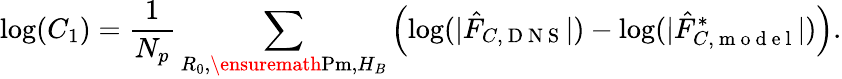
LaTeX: \log(C_{1})=\frac{1}{N_{p}}\sum_{R_{0},\ensuremath{\mathrm{Pm}},H_{B}}\left(\log(|\hat{F}_{C,\mathrm{~D~N~S~}}|)-\log(|\hat{F}_{C,\mathrm{~m~o~d~e~l~}}^{*}|)\right).